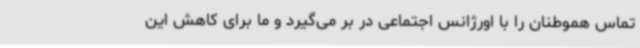
تماس هموطنان را با اورژانس اجتماعی در بر می‌گیرد و ما برای کاهش این